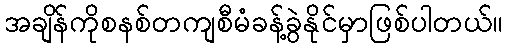
အချိန်ကိုစနစ်တကျစီမံခန့်ခွဲနိုင်မှာဖြစ်ပါတယ်။